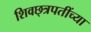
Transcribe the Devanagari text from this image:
शिवछ्त्रपतींच्या